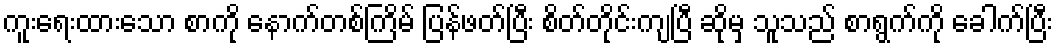
ကူးရေးထားသော စာကို နောက်တစ်ကြိမ် ပြန်ဖတ်ပြီး စိတ်တိုင်းကျပြီ ဆိုမှ သူသည် စာရွက်ကို ခေါက်ပြီး